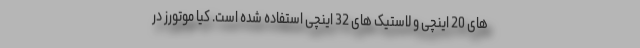
های 20 اینچی و لاستیک های 32 اینچی استفاده شده است. کیا موتورز در